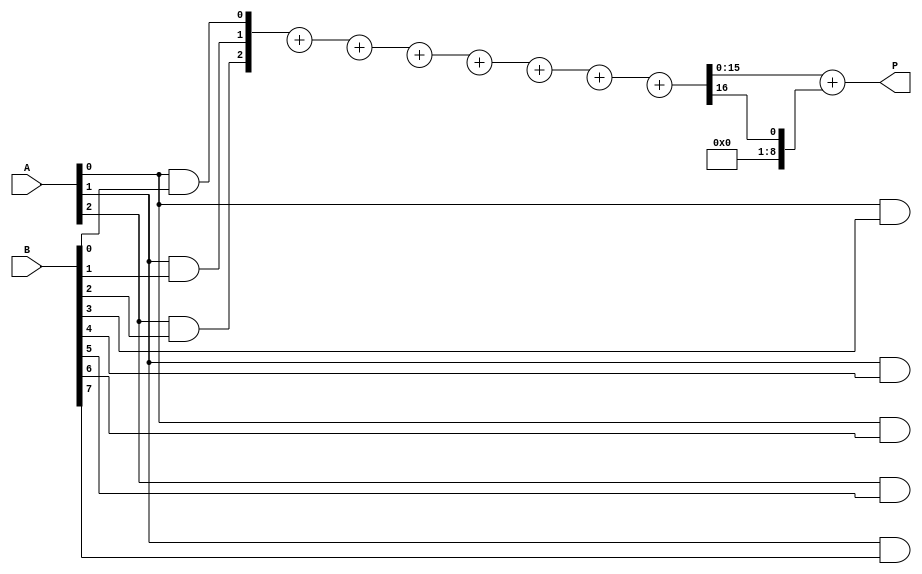
module HigherRadixWallaceTreeMultiplier #(parameter N = 8) (
    input [N-1:0] A,
    input [N-1:0] B,
    output reg [2*N-1:0] P
);

    // Internal signals
    wire [2*N-1:0] pp [0:N-1]; // Partial products
    wire [2*N-1:0] sum [0:N-1]; // Sums for reduction
    wire [N:0] carry [0:N-1]; // Carry for reduction
    wire [2*N-1:0] final_sum; // Final sum

    // Partial product generation
    genvar i, j;
    generate
        for (i = 0; i < N; i = i + 1) begin : pp_gen
            for (j = 0; j < 3; j = j + 1) begin
                if (i*3 + j < N) begin
                    assign pp[i][j + (i*3)] = A[j] & B[i*3 + j];
                end
            end
        end
    endgenerate

    // Reduction stage using Carry Save Adders (CSAs)
    generate
        for (i = 0; i < N; i = i + 1) begin : reduction
            if (i == 0) begin
                assign sum[i] = pp[i];
                assign carry[i] = 0;
            end else begin
                assign {carry[i], sum[i]} = sum[i-1] + pp[i];
            end
        end
    endgenerate

    // Final addition using a simple adder (could be optimized)
    assign final_sum = sum[N-1] + carry[N-1];

    // Output assignment
    always @(*) begin
        P = final_sum;
    end

endmodule